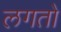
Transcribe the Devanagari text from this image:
लगतो